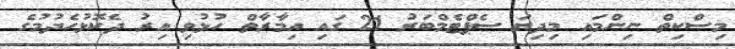
މިސްކިތް ނިންމައި މިދިޔަ ސެޕްޓެމްބަރު 21 ގައި އިމާރާތް ހުޅުވި އިރު ދެކޮޅުހެދުމުގެ